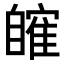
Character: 𦤤